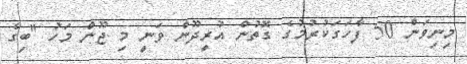
މިނިވަން 50 ފާހަގަކުރުމުގެ ގޮތުން އުރީދޫން ވަނީ މި ޖޫން މަހު "ބިގް